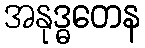
အနုဒ္ဓတေန